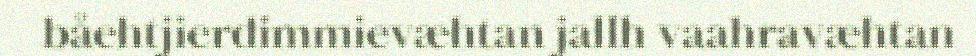
båehtjierdimmievæhtan jallh vaahravæhtan